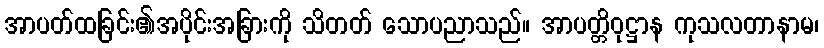
အာပတ်ထခြင်း၏အပိုင်းအခြားကို သိတတ် သောပညာသည်။ အာပတ္တိဝုဋ္ဌာန ကုသလတာနာမ၊